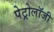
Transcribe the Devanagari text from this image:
पेट्रोलॉजी